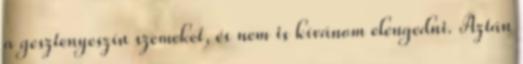
a gesztenyeszín szemeket, és nem is kívánom elengedni. Aztán